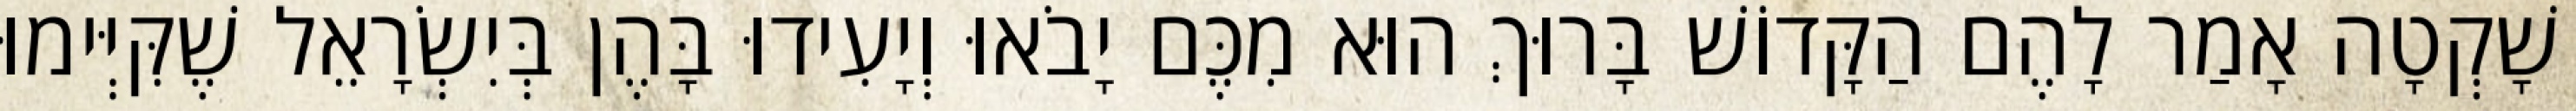
שָׁקְטָה אָמַר לָהֶם הַקָּדוֹשׁ בָּרוּךְ הוּא מִכֶּם יָבֹאוּ וְיָעִידוּ בָּהֶן בְּיִשְׂרָאֵל שֶׁקִּיְּימוּ